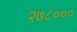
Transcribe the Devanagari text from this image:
२७८०००